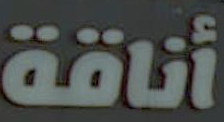
أناقة